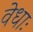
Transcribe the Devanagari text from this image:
वेधाः